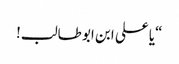
“یا علی ابن ابو طالب!